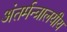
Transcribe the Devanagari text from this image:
अंतर्मन्त्रालयीय